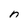
Character: n